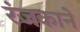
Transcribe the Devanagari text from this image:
रंजकाने